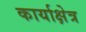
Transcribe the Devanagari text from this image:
कार्याक्षेत्र